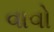
વાવો